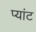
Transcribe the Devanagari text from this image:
प्यांट